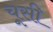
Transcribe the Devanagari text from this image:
चूसी